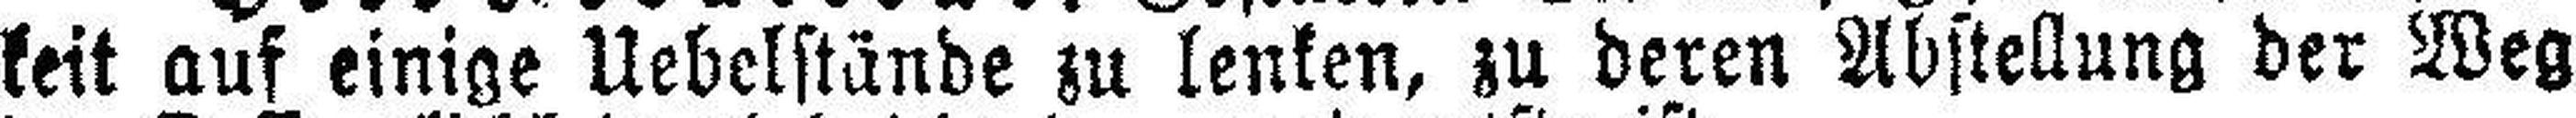
keit auf einige Uebelstände zu lenken, zu deren Abstellung der Weg